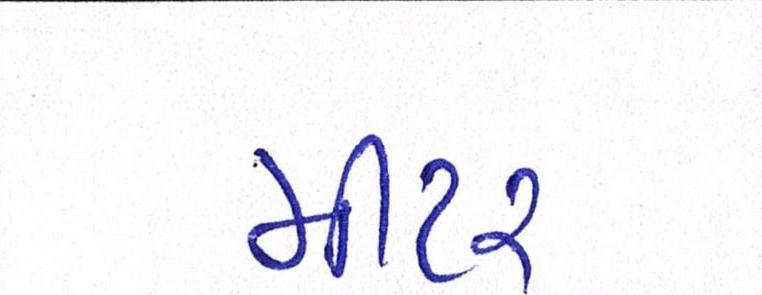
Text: મીટર